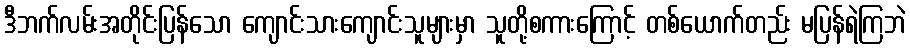
ဒီဘက်လမ်းအတိုင်းပြန်သော ကျောင်းသားကျောင်းသူများမှာ သူတို့စကားကြောင့် တစ်ယောက်တည်း မပြန်ရဲကြဘဲ